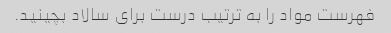
فهرست مواد را به ترتیب درست برای سالاد بچینید.